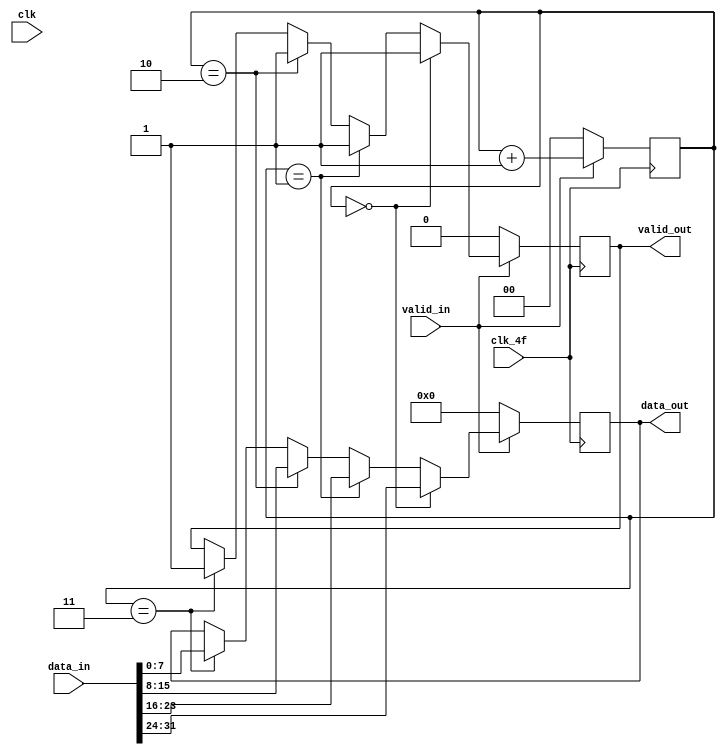
module conv_32b_to_8b(input [31:0] data_in,
                      input clk, clk_4f, valid_in,
                      output reg[7:0] data_out,
                      output reg valid_out);

reg [1:0] sel;
always @ ( posedge clk_4f ) begin
  if (valid_in == 0) begin
      data_out<=0;
      valid_out<=0;
      sel<=0;
  end
  else begin
    if(sel=='b11) begin
      data_out[7:0]<=data_in[7:0];
      valid_out<=valid_in;
    end
    if (sel=='b10) begin
      data_out[7:0]<=data_in[15:8];
      valid_out<=valid_in;
    end
    if (sel=='b01) begin
      data_out[7:0]<=data_in[23:16];
      valid_out<=valid_in;
    end
    if (sel=='b00) begin
      data_out[7:0]<=data_in[31:24];
      valid_out<=valid_in;
    end
    sel<=sel+2'b01;
  end
end
endmodule //conv_32b_to_8b_synth